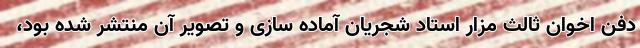
دفن اخوان ثالث مزار استاد شجریان آماده سازی و تصویر آن منتشر شده بود،